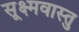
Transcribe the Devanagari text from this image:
सूक्ष्मवास्तु